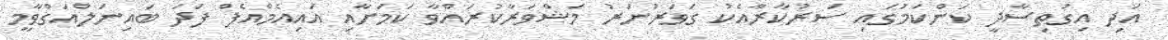
އަދި އިގުތިސާދީ ކަންކަމުގައި ސަރުކާރާއެކު ގަވަރުނަރު މަޝްވަރާކުރައްވާ ކަމަށާއި އައިއެމްއެފް ފަދަ ބައިނަލްއަގްވާމީ